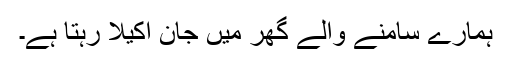
ہمارے سامنے والے گھر میں جان اکیلا رہتا ہے۔